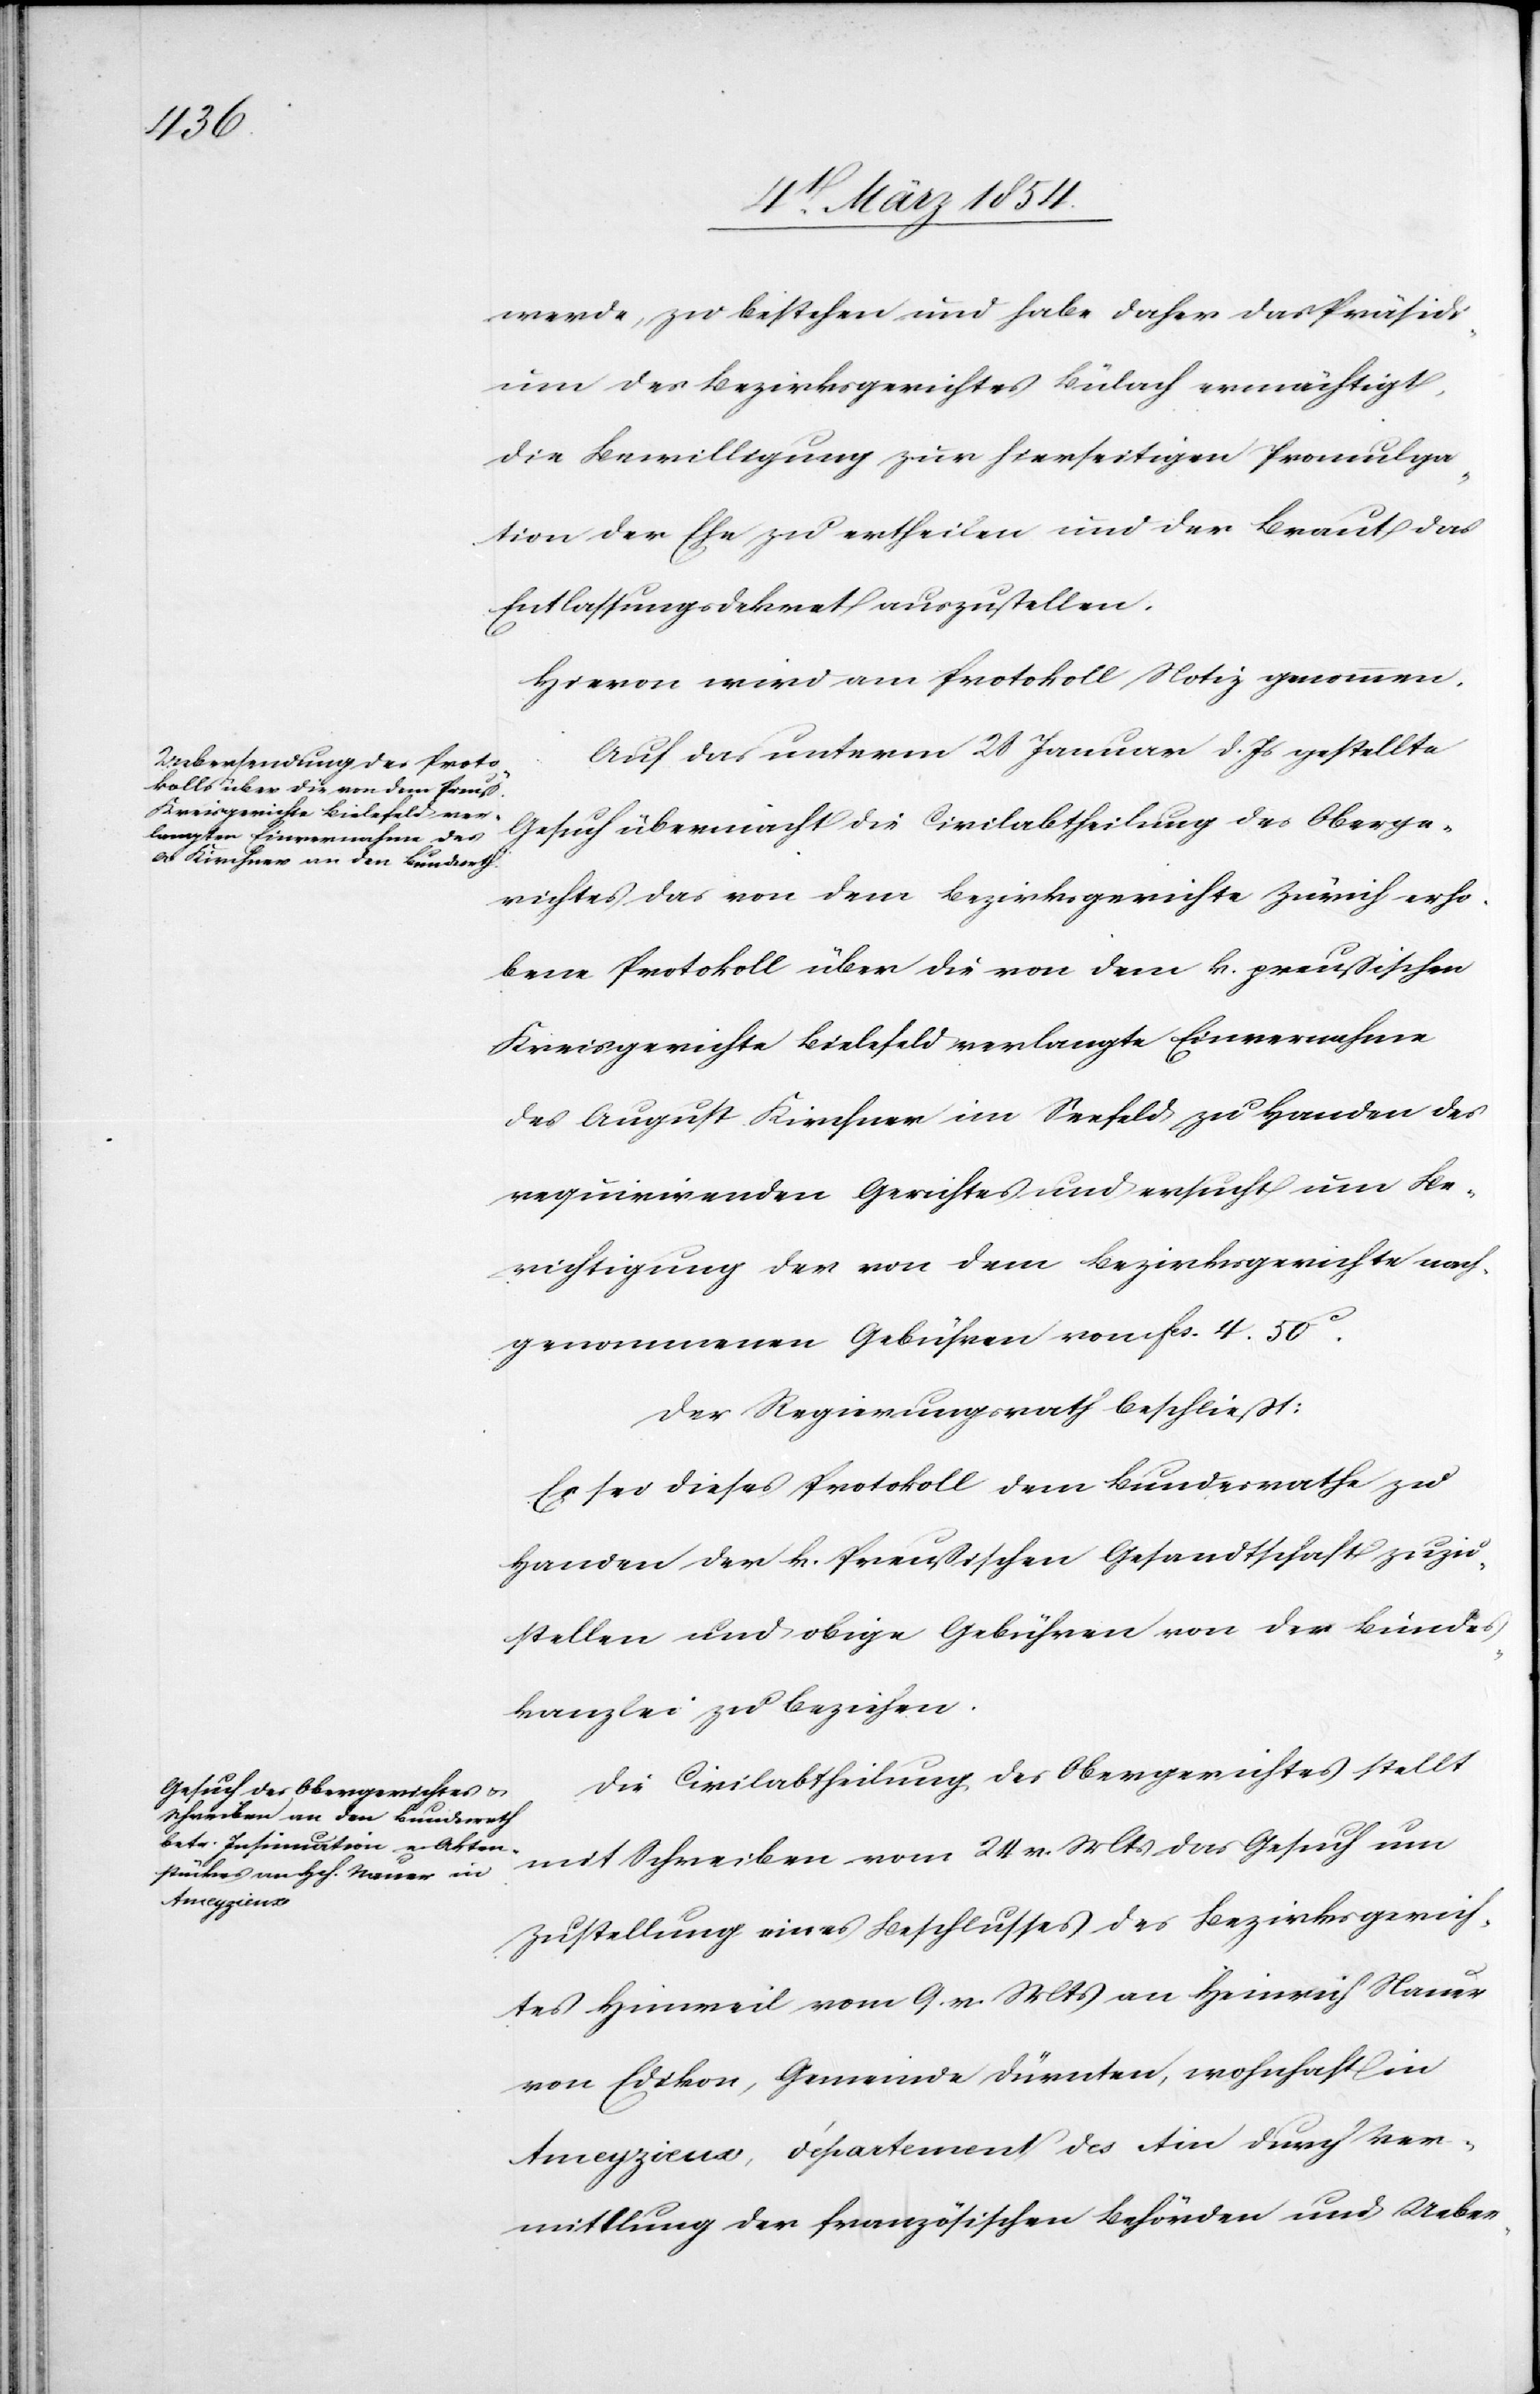
werde, zu bestehen und habe daher das Präsidi¬
um des Bezirksgerichtes Bülach ermächtigt,
die Bewilligung zur hierseitigen Promulga¬
tion der Ehe zu ertheilen und der Braut das
Entlassungsdekret auszustellen.
Hievon wird am Protokoll Notiz genommen.
Auf das unterm 28 Januar d. Js gestellte
Gesuch übermacht die Civilabtheilung des Oberge¬
richtes das von dem Bezirksgerichte Zürich erho¬
bene Protokoll über die von dem k. preußischen
Kreisgerichte Bielefeld verlangte Einvernahme
des August Kirchner im Seefeld zu Handen des
requirirenden Gerichtes und ersucht um Be¬
richtigung der von dem Bezirksgerichte nach¬
genommenen Gebühren von Fcs. 4.50c.
Der Regierungsrath beschließt:
Es sei dieses Protokoll dem Bundesrathe zu
Handen der k. Preußischen Gesandtschaft zuzu¬
stellen und obige Gebühren von der Bundes¬
kanzlei zu beziehen.
Die Civilabtheilung des Obergerichtes stellt
mit Schreiben vom 24 v. Mts das Gesuch um
Zustellung eines Beschlusses des Bezirksgerich¬
tes Hinweil vom 9. v. Mts an Heinrich Nauer
von Edikon, Gemeinde Dürnten, wohnhaft in
Ameyzieux, département des tin durch Ver¬
mittlung der französischen Behörden und Ueber-